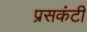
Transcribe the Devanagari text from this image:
प्रसकंटी